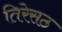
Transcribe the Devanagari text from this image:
तिरेसठ